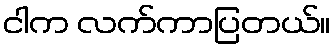
ငါက လက်ကာပြတယ်။